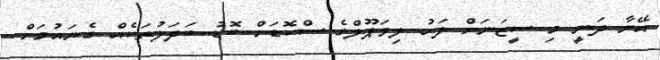
އޭނާ ދަނީ މި ސީޒަނަށް ފަހު ލިވަޕޫލްގެ ސްކޮޑަށް ބޮޑު ބަދަލުތަކެއް ގެނައުމަށް